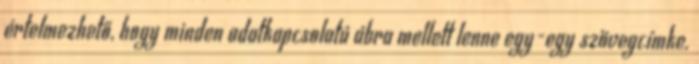
értelmezhető, hogy minden adatkapcsolatú ábra mellett lenne egy-egy szövegcímke.